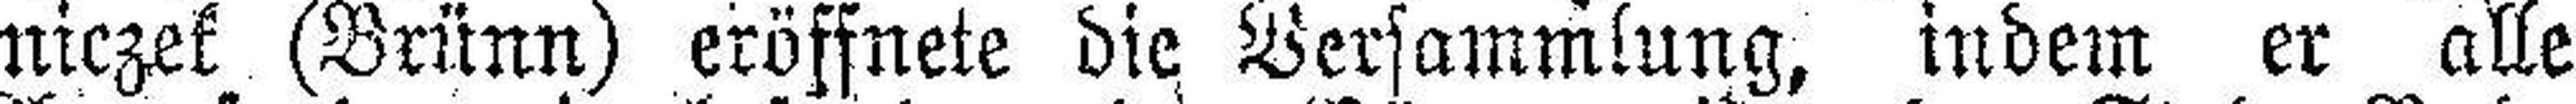
niczek (Brünn) eröffnete die Versammlung, indem er alle